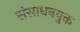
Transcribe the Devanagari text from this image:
संसाधनयुक्त